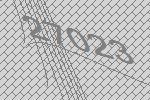
27023